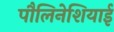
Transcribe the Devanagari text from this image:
पौलिनेशियाई